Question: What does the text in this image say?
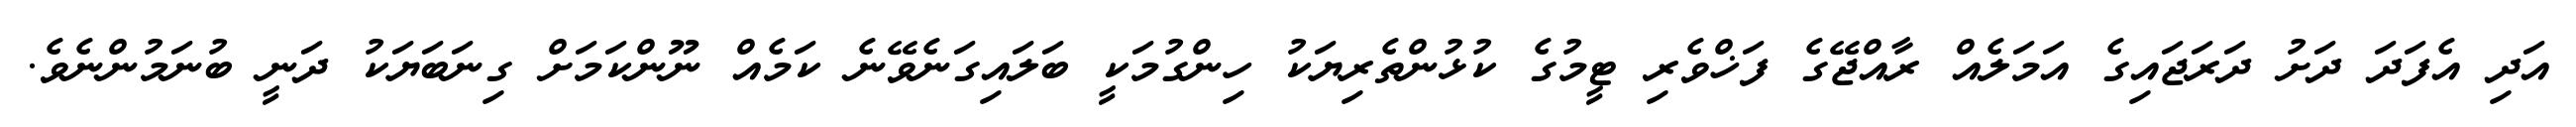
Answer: އަދި އެފަދަ ދަށު ދަރަޖައިގެ އަމަލެއް ރާއްޖޭގެ ފަޚްވެރި ޓީމުގެ ކުޅުންތެރިޔަކު ހިންގުމަކީ ބަލައިގަނެވޭނެ ކަމެއް ނޫންކަމަށް ގިނަބަޔަކު ދަނީ ބުނަމުންނެވެ.